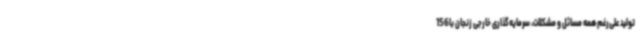
تولید علی‌رغم همه مسائل و مشکلات، سرمایه‌گذاری خارجی زنجان با156